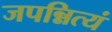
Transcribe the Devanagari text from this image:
जपन्नित्यं